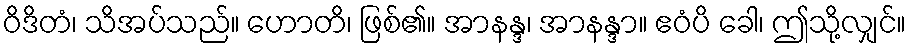
ဝိဒိတံ၊ သိအပ်သည်။ ဟောတိ၊ ဖြစ်၏။ အာနန္ဒ၊ အာနန္ဒာ။ ဧဝံပိ ခေါ၊ ဤသို့လျှင်။